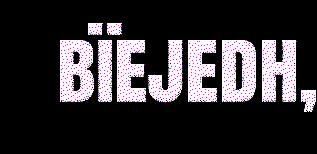
bïejedh,